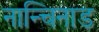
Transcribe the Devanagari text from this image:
नान्चिनाड